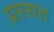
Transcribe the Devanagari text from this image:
प्रस्सत